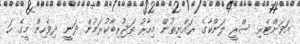
އަވަށްޓެރި ސްރީ ލަންކާގެ ރައްޔިތުން މިހާރު ތަޖުރިބާކުރަމުން ދަނީ ދިވެހިން މީގެ ހަ